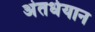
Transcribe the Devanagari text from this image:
अंतर्धयान